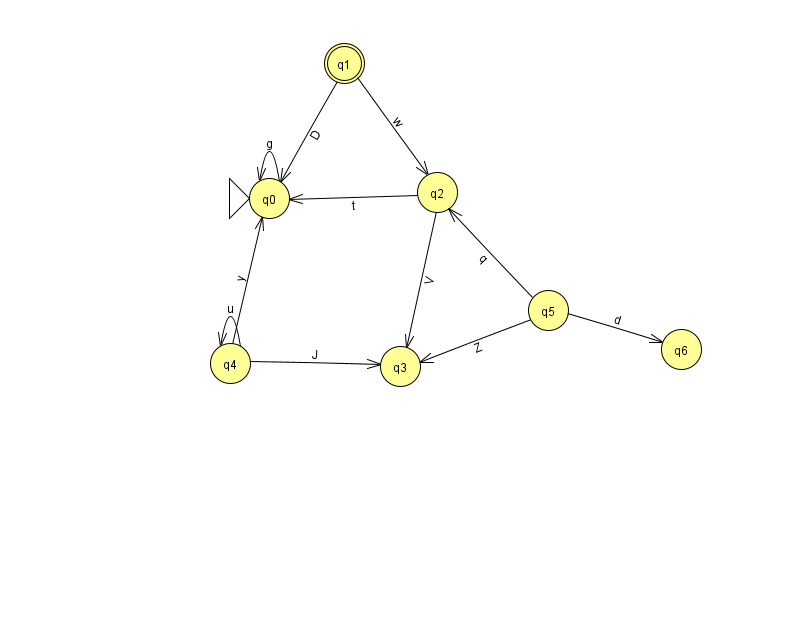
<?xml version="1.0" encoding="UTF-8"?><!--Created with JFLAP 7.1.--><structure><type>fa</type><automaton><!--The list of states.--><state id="0" name="q0"><x>269.0</x><y>185.0</y><initial/></state><state id="1" name="q1"><x>344.0</x><y>50.0</y><final/></state><state id="2" name="q2"><x>437.0</x><y>179.0</y></state><state id="3" name="q3"><x>400.0</x><y>353.0</y></state><state id="4" name="q4"><x>230.0</x><y>350.0</y></state><state id="5" name="q5"><x>548.0</x><y>297.0</y></state><state id="6" name="q6"><x>681.0</x><y>336.0</y></state><!--The list of transitions.--><transition><from>5</from><to>3</to><read>Z</read></transition><transition><from>2</from><to>3</to><read>V</read></transition><transition><from>1</from><to>0</to><read>D</read></transition><transition><from>4</from><to>4</to><read>u</read></transition><transition><from>4</from><to>3</to><read>J</read></transition><transition><from>0</from><to>0</to><read>g</read></transition><transition><from>2</from><to>0</to><read>t</read></transition><transition><from>5</from><to>6</to><read>d</read></transition><transition><from>1</from><to>2</to><read>w</read></transition><transition><from>4</from><to>0</to><read>y</read></transition><transition><from>5</from><to>2</to><read>q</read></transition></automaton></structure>